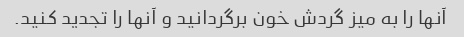
آنها را به میز گردش خون برگردانید و آنها را تجدید کنید.